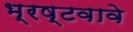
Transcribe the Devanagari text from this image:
भ्रष्टवावे